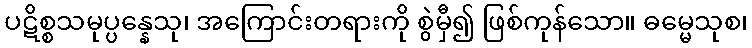
ပဋိစ္စသမုပ္ပန္နေသု၊ အကြောင်းတရားကို စွဲမှီ၍ ဖြစ်ကုန်သော။ ဓမ္မေသုစ၊